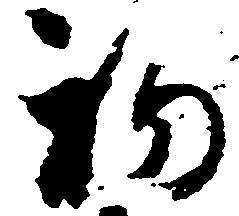
初